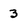
Character: 3